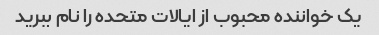
یک خواننده محبوب از ایالات متحده را نام ببرید